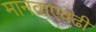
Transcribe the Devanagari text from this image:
मानवाएवढी